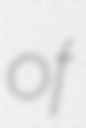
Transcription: of